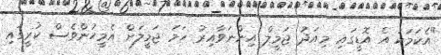
"އެކަމަކު އެ އޮޑީގައި މިއަދު ޖަމީލް އިންނަވާއިރު ހަމަ ޖަމީލަށް އެމީހުންވެސް ކުރީގައި